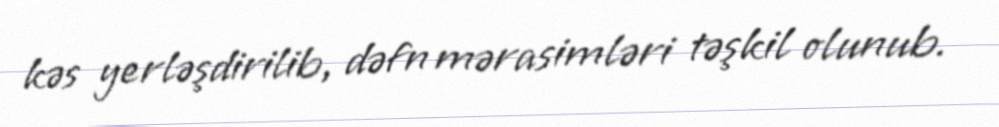
kəs yerləşdirilib, dəfn mərasimləri təşkil olunub.